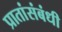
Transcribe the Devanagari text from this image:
प्रातांसंबंधी